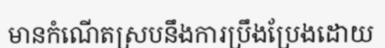
មានកំណើតស្របនឹងការប្រឹងប្រែងដោយ